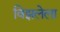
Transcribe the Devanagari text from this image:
विझलेला